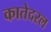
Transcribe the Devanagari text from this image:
कातेदरल